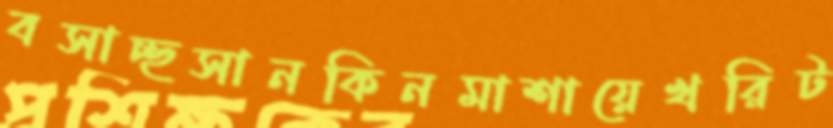
বসাচ্ছসানকিনমাশায়েখরিট